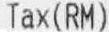
TAX(RM)